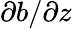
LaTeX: \partial b/\partial z